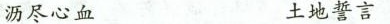
沥尽心血 土地誓言